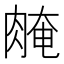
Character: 𦜽